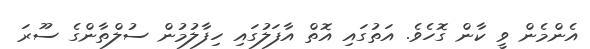
އެންމެން ވީ ކާން ގޮހެވެ. އަތުގައި އޮތް އާފަލުގައި ހިފާލުމުން ސުލްތާންގެ ސޫރަ